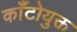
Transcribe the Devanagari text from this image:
काँटोयुक्त